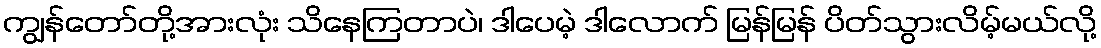
ကျွန်တော်တို့အားလုံး သိနေကြတာပဲ၊ ဒါပေမဲ့ ဒါလောက် မြန်မြန် ပိတ်သွားလိမ့်မယ်လို့